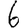
Digit: 6